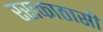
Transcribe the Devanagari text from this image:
रसकाठासी